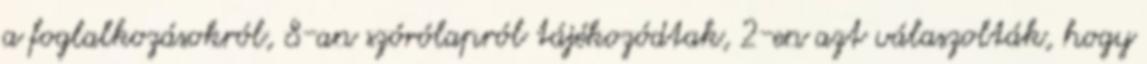
a foglalkozásokról, 8-an szórólapról tájékozódtak, 2-en azt válaszolták, hogy